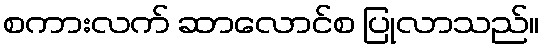
စကားလက် ဆာလောင်စ ပြုလာသည်။